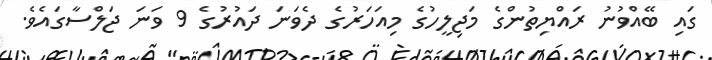
ގައި ބޭއްވުނު ރައްޔިތުންގެ މަޖިލީހުގެ މިއަހަރުގެ ދެވަނަ ދައުރުގެ 9 ވަނަ ޖަލްސާގައެވެ.